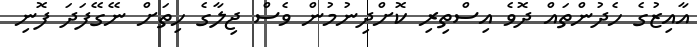
އާއިޒުގެ ހެދުންތައް ދޮވެ އިސްތިރި ކޮށްދިނުމުން ވެސް ޖިލާގެ ހިތަށް ނޭގޭފަދަ ފޮނި